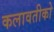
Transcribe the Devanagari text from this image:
कलावतीको